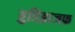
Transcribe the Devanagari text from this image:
हुडिब्राजफ़